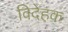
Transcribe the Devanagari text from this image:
विदेहक